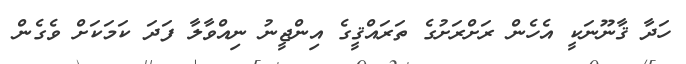
ހަދާ ޤާނޫނަކީ އެހެން ރަށްރަށުގެ ތަރައްޤީގެ އިންޖީނު ނިއްވާލާ ފަދަ ކަމަކަށް ވެގެން